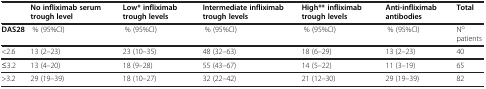
<table><thead><tr><td><b> </b></td><td><b>No infliximab serum trough level</b></td><td><b>Low* infliximab trough levels</b></td><td><b>Intermediate infliximab trough levels</b></td><td><b>High** infliximab trough levels</b></td><td><b>Anti-infliximab antibodies</b></td><td><b>Total</b></td></tr></thead><tbody><tr><td><b>DAS28</b></td><td>% (95%CI)</td><td>% (95%CI)</td><td>% (95%CI)</td><td>% (95%CI)</td><td>% (95%CI)</td><td>N<sup>o</sup> patients</td></tr><tr><td>&lt;2.6</td><td>13 (2–23)</td><td>23 (10–35)</td><td>48 (32–63)</td><td>18 (6–29)</td><td>13 (2–23)</td><td>40</td></tr><tr><td>≤3.2</td><td>13 (4–20)</td><td>18 (9–28)</td><td>55 (43–67)</td><td>14 (5–22)</td><td>11 (3–19)</td><td>65</td></tr><tr><td>&gt;3.2</td><td>29 (19–39)</td><td>18 (10–27)</td><td>32 (22–42)</td><td>21 (12–30)</td><td>29 (19–39)</td><td>82</td></tr></tbody></table>